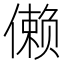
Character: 𱏔